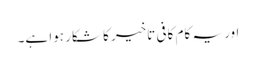
اور یہ کام کافی تاخیر کا شکار ہوا ہے۔